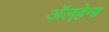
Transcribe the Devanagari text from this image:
अॅल्हेना